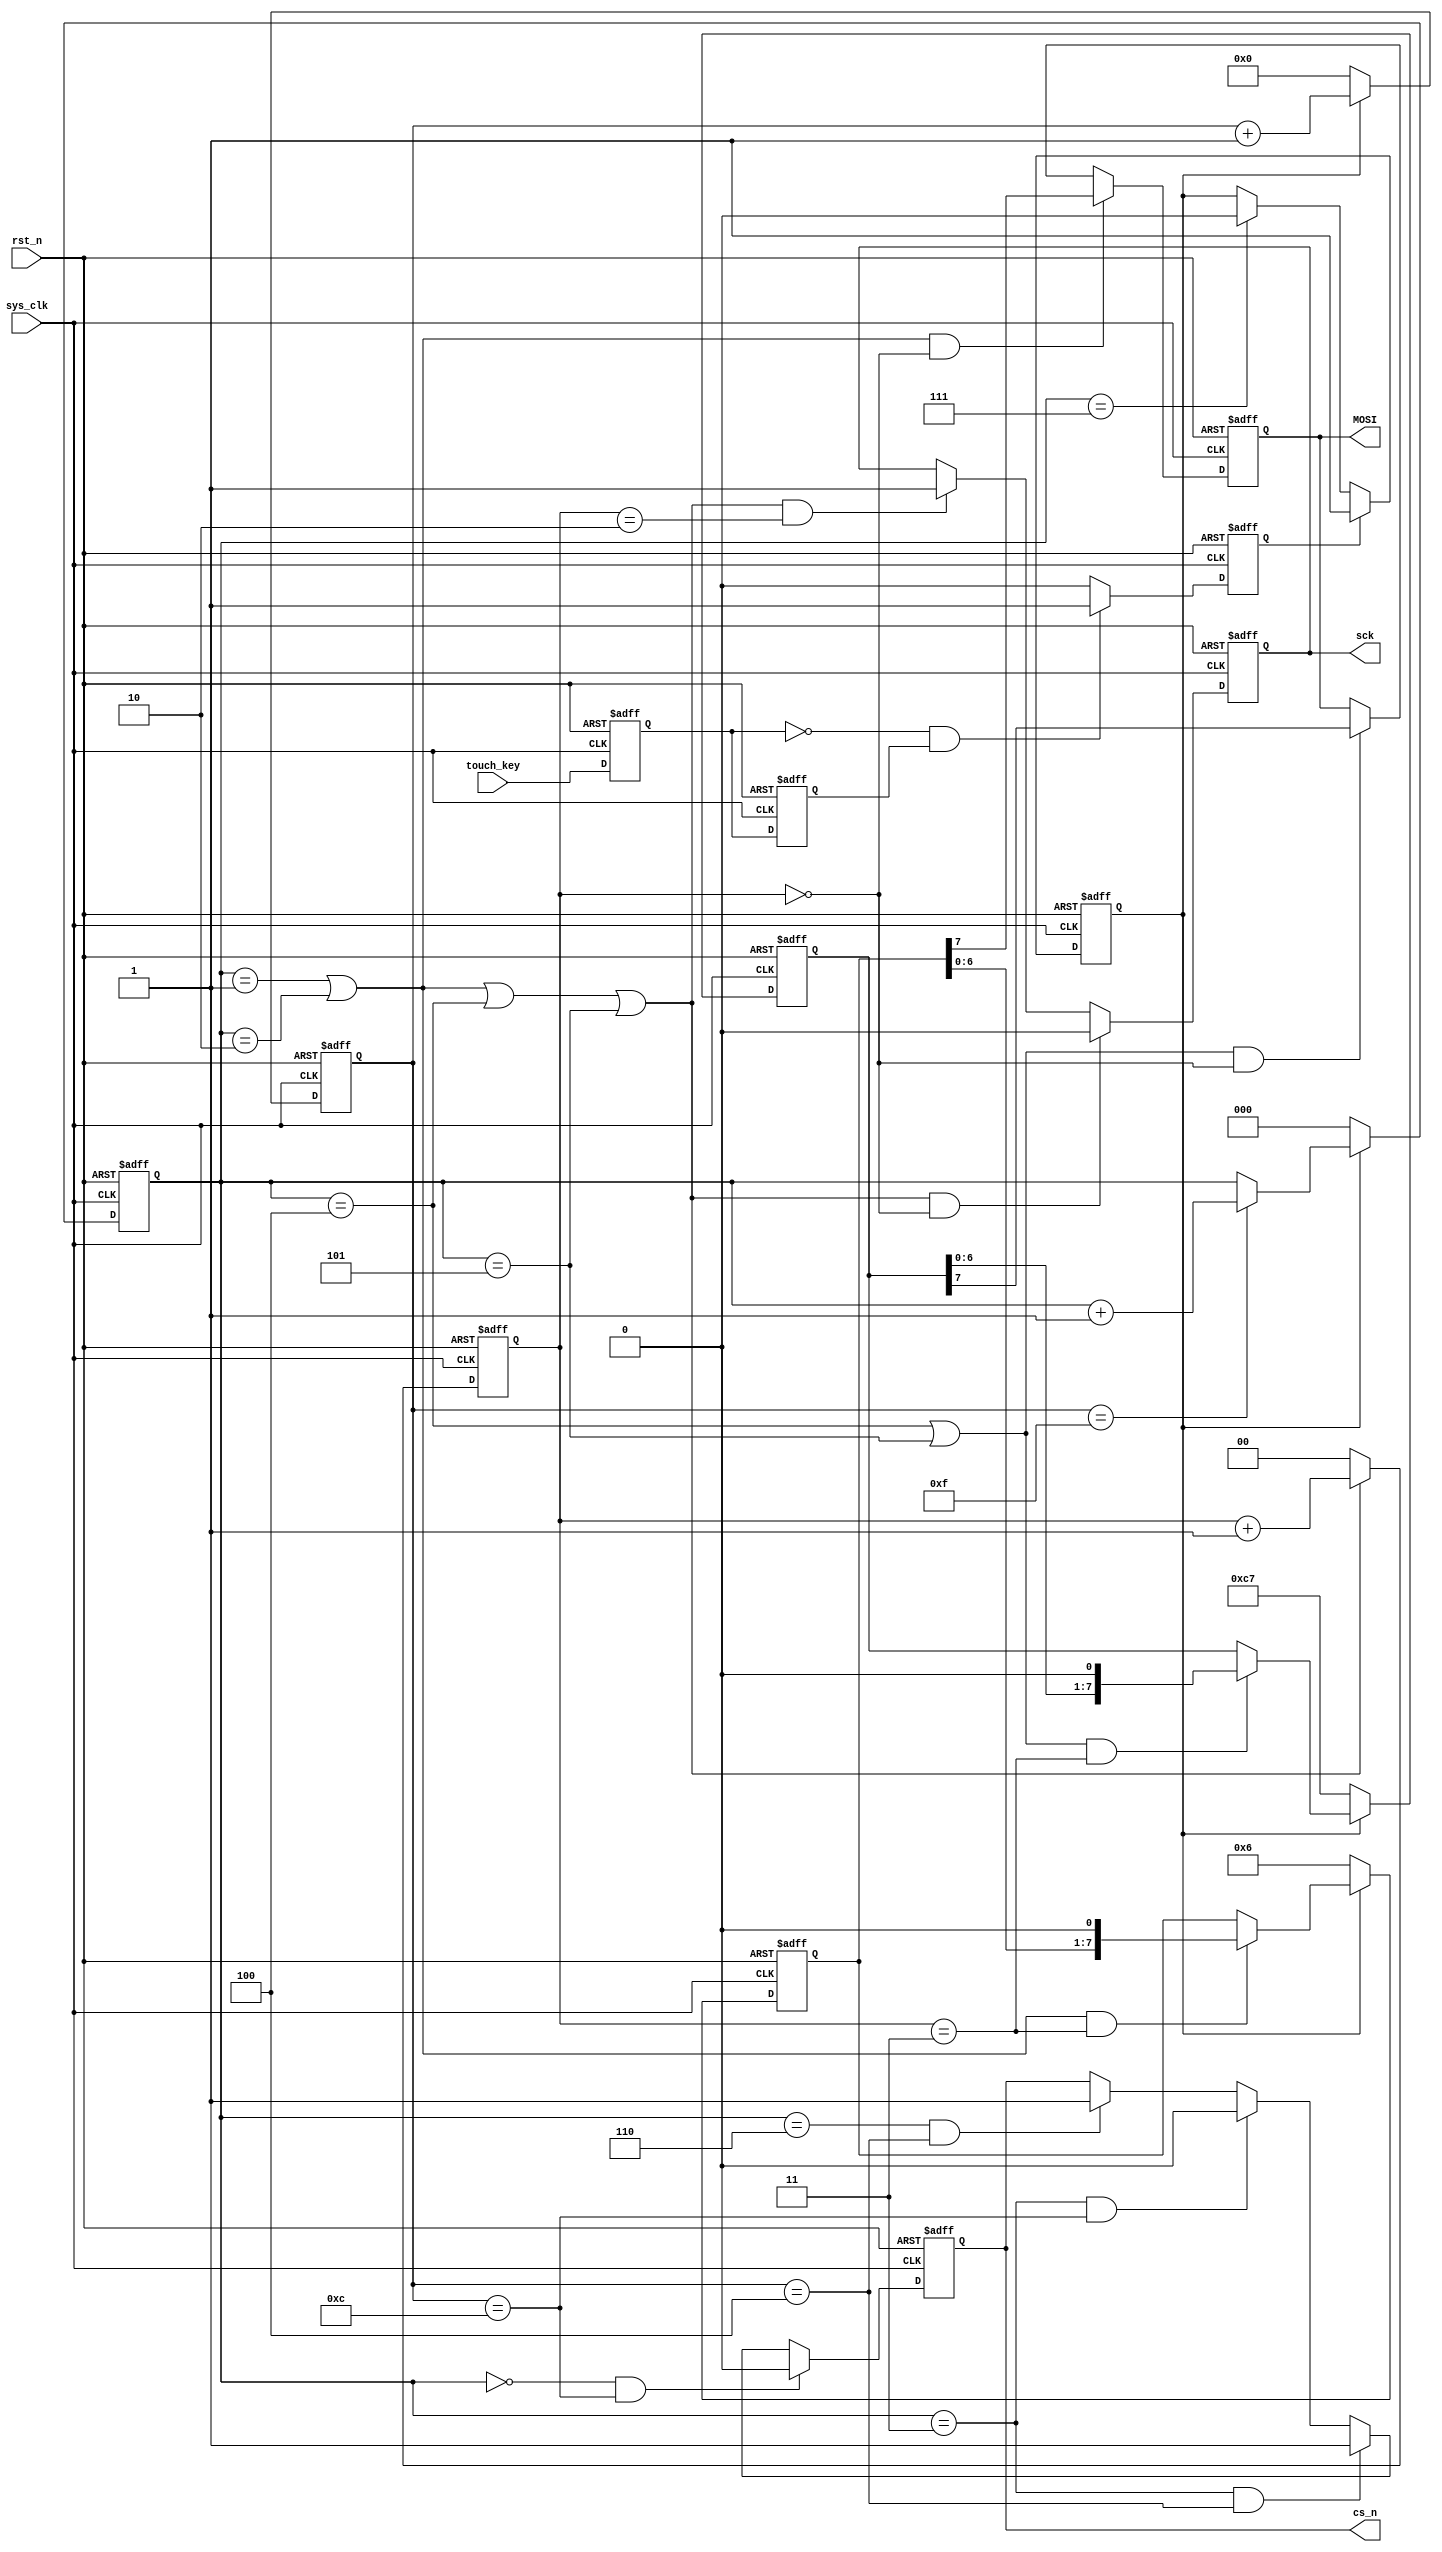
module BE 
(
    input  wire   sys_clk, 
    input  wire   rst_n,     // 
    input  wire   touch_key,      
    output reg    MOSI,        
    output reg    cs_n,        
    output reg    sck        
);  

    parameter WREN_instr = 8'h06;
    parameter BE_instr   = 8'hc7;
    
    reg touch_reg1, touch_reg2;
    reg touch_fall;                 //,  
    reg ena;                        //total_cnt
    reg [3:0] total_cnt;            //       
    reg [2:0] c16_cnt;              //total_cnt15
    reg [1:0] clk_cnt;              //sys_clk
    reg [2:0] bit_cnt;              //bit
    reg [7:0] WREN_reg;             //WREN
    reg [7:0] BE_reg;               //BE
    
    
    always @(posedge sys_clk, negedge rst_n) begin
        if(rst_n == 1'b0) begin
            touch_reg1 <= 1'b1;
            touch_reg2 <= 1'b1;
        end
        else begin
            touch_reg1 <= touch_key;
            touch_reg2 <= touch_reg1;
        end
    end
    //,  
    always @(posedge sys_clk, negedge rst_n) begin
        if(rst_n == 1'b0) 
            touch_fall <= 1'b0;
        else if((touch_reg1 == 1'b0) && (touch_reg2 == 1'b1))
            touch_fall <= 1'b1;
        else 
            touch_fall <= 1'b0;
    end
    
    
    //total_cnt
    always @(posedge sys_clk, negedge rst_n) begin
        if(rst_n == 1'b0) 
            ena <= 1'b0;
        else if(touch_fall == 1'b1)
            ena <= 1'b1;
        else if(c16_cnt == 3'd7)
            ena <= 1'b0;
        else 
            ena <= ena;
    end
    
    
    //
    always @(posedge sys_clk, negedge rst_n) begin
        if(rst_n == 1'b0) 
            total_cnt <= 4'd0;
        else if(ena == 1'b1)
            total_cnt <= total_cnt + 4'd1;
        else
            total_cnt <= 4'd0;
    end
    
    
    //total_cnt15
    always @(posedge sys_clk, negedge rst_n) begin
        if(rst_n == 1'b0) 
            c16_cnt <= 3'd0;
        else if(ena == 1'b0)
            c16_cnt <= 3'd0;
        else if(total_cnt == 4'd15)
            c16_cnt <= c16_cnt + 3'd1;
        else
            c16_cnt <= c16_cnt;
    end
     
    
    //cs_n
    always @(posedge sys_clk, negedge rst_n) begin
        if(rst_n == 1'b0) 
            cs_n <= 1'b1;
        else if((c16_cnt == 3'd0) && (total_cnt == 4'd12))
            cs_n <= 1'b0;
        else if((c16_cnt == 3'd3) && (total_cnt == 4'd4))
            cs_n <= 1'b1;
        else if((c16_cnt == 3'd3) && (total_cnt == 4'd12))
            cs_n <= 1'b0;
        else if((c16_cnt == 3'd6) && (total_cnt == 4'd4))
            cs_n <= 1'b1;
        else
            cs_n <= cs_n;
    end
    
    
    //sys_clk
    always @(posedge sys_clk, negedge rst_n) begin
        if(rst_n == 1'b0) 
            clk_cnt <= 2'd0;
        else if((c16_cnt == 3'd1) || (c16_cnt == 3'd2) || (c16_cnt == 3'd4) || (c16_cnt == 3'd5))
            clk_cnt <= clk_cnt + 2'd1;
        else
            clk_cnt <= 2'd0;
    end
    
    
    //sck
    always @(posedge sys_clk, negedge rst_n) begin
        if(rst_n == 1'b0) 
            sck <= 1'b1;
        else if(((c16_cnt==3'd1)||(c16_cnt==3'd2)||(c16_cnt==3'd4)||(c16_cnt==3'd5)) && (clk_cnt == 2'd0))
            sck <= 1'b0;
        else if(((c16_cnt==3'd1)||(c16_cnt==3'd2)||(c16_cnt==3'd4)||(c16_cnt==3'd5)) && (clk_cnt == 2'd2))
            sck <= 1'b1;
        else
            sck <= sck;
    end
    
    
    //bit
    always @(posedge sys_clk, negedge rst_n) begin
        if(rst_n == 1'b0) 
            bit_cnt <= 3'd0;
        else if(clk_cnt == 2'd3)
            bit_cnt <= bit_cnt + 3'd1;
        else
            bit_cnt <= bit_cnt;
    end
    
    
    //WREN
    always @(posedge sys_clk, negedge rst_n) begin
        if(rst_n == 1'b0) 
            WREN_reg <= WREN_instr;
        else if(ena == 1'b0)
            WREN_reg <= WREN_instr;
        else if(((c16_cnt == 3'd1)||(c16_cnt == 3'd2)) && (clk_cnt == 2'd3))   
            WREN_reg <= {WREN_reg[6:0], 1'b0};
        else
            WREN_reg <= WREN_reg;
    end
    
    
    //BE
    always @(posedge sys_clk, negedge rst_n) begin
        if(rst_n == 1'b0) 
            BE_reg <= BE_instr;
        else if(ena == 1'b0)
            BE_reg <= BE_instr;
        else if(((c16_cnt == 3'd4)||(c16_cnt == 3'd5)) && (clk_cnt == 2'd3))   
            BE_reg <= {BE_reg[6:0], 1'b0};
        else
            BE_reg <= BE_reg;
    end
    
    
    //MOSI
    always @(posedge sys_clk, negedge rst_n) begin
        if(rst_n == 1'b0) 
            MOSI <= 1'b0;
        else if(((c16_cnt == 3'd1)||(c16_cnt == 3'd2)) && (clk_cnt == 2'd0))   
            MOSI <= WREN_reg[7];
        else if(((c16_cnt == 3'd4)||(c16_cnt == 3'd5)) && (clk_cnt == 2'd0))   
            MOSI <= BE_reg[7];
        else
            MOSI <= MOSI;
    end
    
endmodule